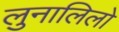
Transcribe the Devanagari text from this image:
लुनालिलो